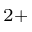
^ { 2 + }